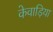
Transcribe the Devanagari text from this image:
केवाड़िया